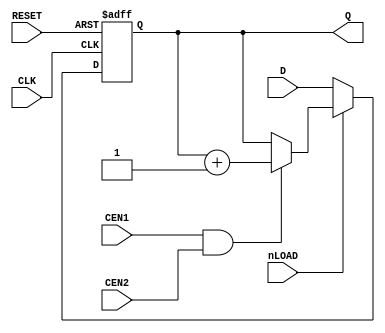
// This program was cloned from: https://github.com/furrtek/SiliconRE
// License: GNU General Public License v2.0

module CNT1(
	input CLK,
	input RESET,
	input nLOAD, CEN1, CEN2,
	input [3:0] D,
	output reg [3:0] Q
);

always @(posedge CLK or posedge RESET) begin
	if (RESET) begin
		Q <= 4'd0;
	end else begin
		if (!nLOAD)
			Q <= D;
		else
			if (CEN1 & CEN2) Q <= Q + 1'b1;
	end
end

endmodule